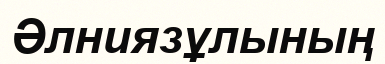
Әлниязұлының